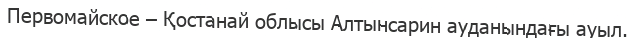
Первомайское – Қостанай облысы Алтынсарин ауданындағы ауыл.